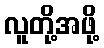
လူတို့အဖို့